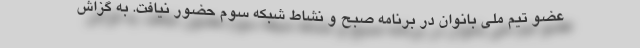
عضو تیم ملی بانوان در برنامه صبح و نشاط شبکه سوم حضور نیافت. به گزاش